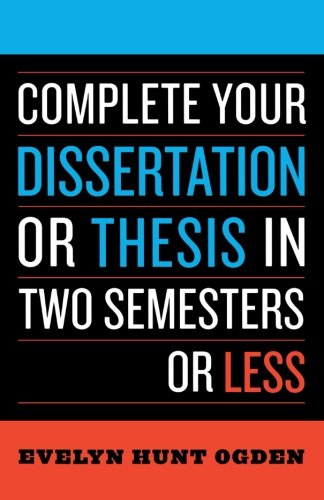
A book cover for Complete Your Dissertation or Thesis in Two Semesters or Less; Evelyn Hunt Ogden; Education & Teaching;